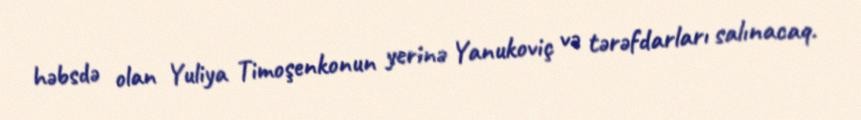
həbsdə olan Yuliya Timoşenkonun yerinə Yanukoviç və tərəfdarları salınacaq.